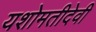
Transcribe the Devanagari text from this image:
यशोमतीदेवी